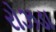
રોઝડા